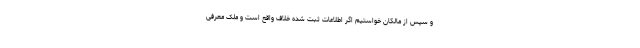
و سپس از مالکان خواستیم اگر اطلاعات ثبت شده خلاف واقع است و ملک معرفی